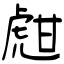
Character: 甝